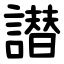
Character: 譛